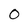
Character: 0